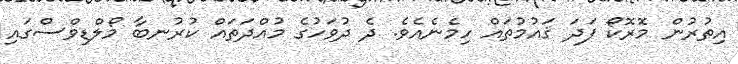
އިތުރުން މޮރޮކޯ ފަދަ ޤައުމުތައް ހިމެނެއެވެ. ދެ ދުވަހުގެ މުއްދަތައް ކުރުނބާ މޯލްޑިވްސްގައި